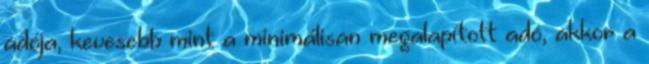
adója, kevesebb mint a minimálisan megalapított adó, akkor a